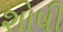
શોષી